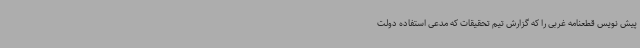
پیش نویس قطعنامه غربی را که گزارش تیم تحقیقات که مدعی استفاده دولت